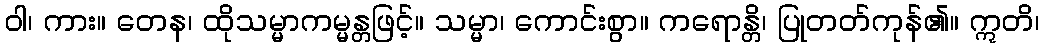
ဝါ၊ ကား။ တေန၊ ထိုသမ္မာကမ္မန္တဖြင့်။ သမ္မာ၊ ကောင်းစွာ။ ကရောန္တိ၊ ပြုတတ်ကုန်၏။ ဣတိ၊